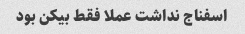
اسفناج نداشت عملا فقط بیکن بود